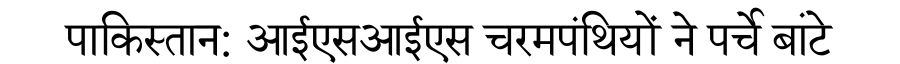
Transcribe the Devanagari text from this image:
पाकिस्तान: आईएसआईएस चरमपंथियों ने पर्चे बांटे